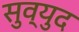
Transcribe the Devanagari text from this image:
सुव्युद